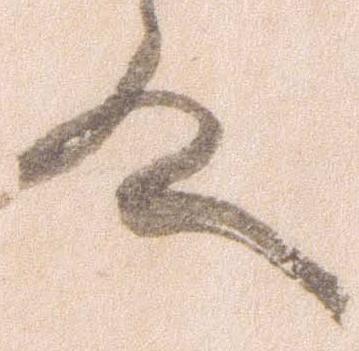
殿